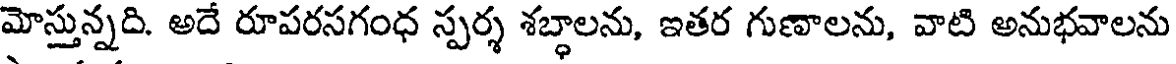
మోస్తున్నది. అదే రూపరసగంధ స్పర్శ శబ్ధాలను, ఇతర గుణాలను, వాటి అనుభవాలను